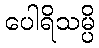
ပေါရိသမ္ပိ